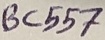
Text: BC557